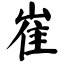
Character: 崔